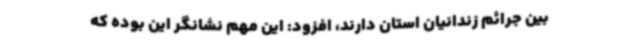
بین جرائم زندانیان استان دارند، افزود: این مهم نشانگر این بوده که